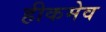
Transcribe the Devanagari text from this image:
हीकमेव